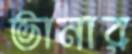
ভানার